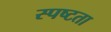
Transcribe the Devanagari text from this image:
स्‍पष्‍टता